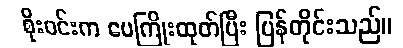
စိုးဝင်းက ပေကြိုးထုတ်ပြီး ပြန်တိုင်းသည်။